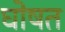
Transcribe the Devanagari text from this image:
घोषत